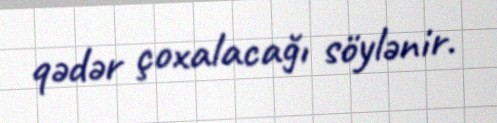
qədər çoxalacağı söylənir.